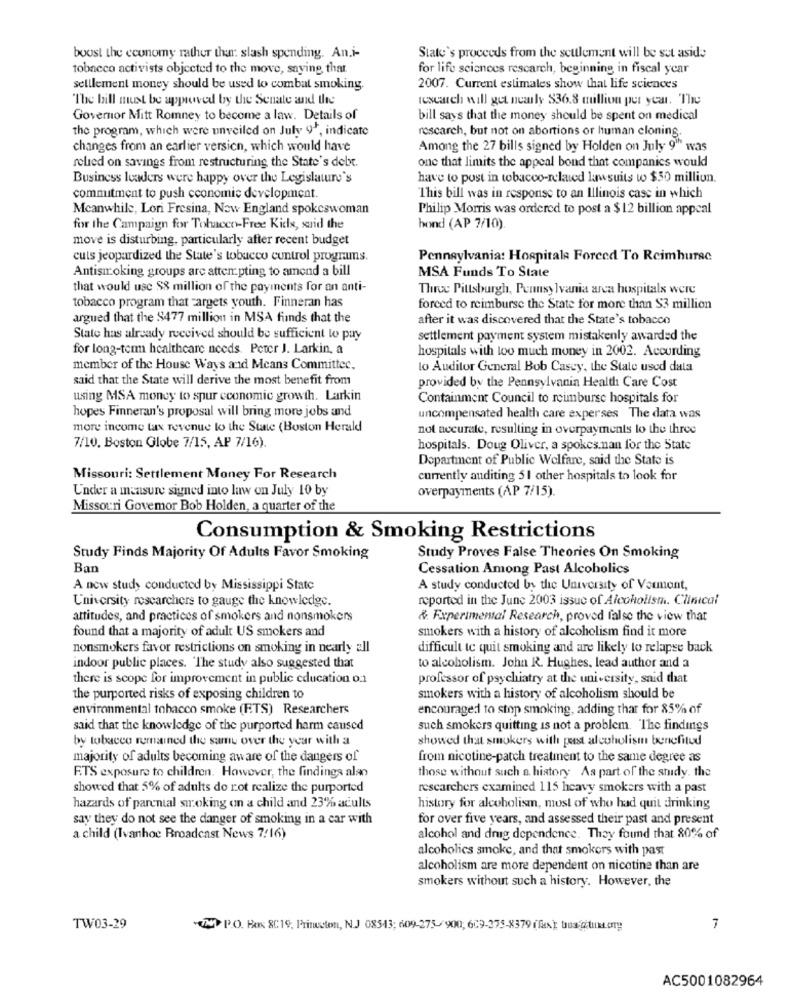
boost the economy rather than: slash spending. An.i-
State's proceeds from the seulement will be set aside
tobacco activists objected to the move, saying that
for life sciences research, beginning in fiscal year
selllement money should be used to combat smoking.
2007. Current estimales show that life sciences
The bill must be approved by the Senate and the
research will get nearly $36.8 million per year. The
Governor Mitt Romney to become a law. Details of
bill says that the money should be spent on medical
the program, which were unveiled on July 91, indicate
rescarch, but not on abortions or human cloning.
changes from an earlier version, which would have
Among the 27 bills signed by Holden on July 9"" was
relied on savings from restructuring the State's debt.
one that limits the appeal bond that companies would
Business leaders were happy over the Legislature's
have to post in tobacco-related linssuits wo $50 million.
commitment to push economic development.
This bill was in response to an Illinois case in which
Meanwhile, Loni Fresina, New England spokeswoman
Philip Morris was ordered to post a $ 12 billion appeal
for the Campaign for Tobacco-Free Kids, said the
hond (AP 7/10).
move is disturbing, particularly after recent budget
cuts jeopardized the State's tobacco control programs.
Pennsylvania: Hospitale Forced To Reimburse
Antisir oking groups are attempting to amend a bill
MSA Funds To State
that would use $8 million of the payments for an anti-
Three Pittsburgh, Pennsylvania area hospitals were
tobacco program that cargets youth. Finneran has
forced to reimburse the State for more than $3 million
argued that the $477 million in MSA finds that the
after it was discovered that the State's tobacco
State has already received should be sufficient to pay
settlement payment system mistakenly awarded the
for long-term healthcare needs. Peter J. Larkin, a
hospitals with too much money in 2002. According
member of the House Ways and Means Committee,
lo Auditor General Bob Casey, the Stale used data
said that the State will derive the most benefit from
provided by the Pennsylvania Health Care Cost
using MSA money to spur economic growth. Larkin
Containment Council to reimburse hospitals for
hopes Finneran's proposal will bring more jobs and
uncompensated health care experses The data was
more income tax revenue to the State (Boston Herald
not accurate, resulting in overpayments to the three
7/10. Boston Globe 7/15, AP 7/16).
hospitals. Doug Oliver, a spokesman for the State
Department of Public Welfare, said the State is
Missouri: Settlement Money For Research
currently auditing 5 1 other hospitals to look for
Under a measure signed into law on July 10 by
overpayments (AP 7/15).
Missouri Govemor Bob Holden, a quarter of the
Consumption & Smoking Restrictions
Study Finds Majority Of Adults Favor Smoking
Study Proves False Theories On Smoking
Ban
Cessation Among Past Alcoholics
A new study conducted by Mississippi State
A study conducted by the University of Vermont,
University researchers to gauge the knowledge.
reported in the June 2003 issue of Alcoholist. Clinical
attitudes, and practices of smokers and nonsmokers
& Experimental Research, proved false the view that
found that a majority of adult US smokers and
smokers with a history of alcoholism find it more
nonsmokers favor restrictions on smoking in nearly all
difficult to quit smoking and are likely to relapse back
indoor public places. "The study also suggested that
to alcoholism. John R. Hughes, lead author and a
there is scope for improvement in public education o:
professor of psychiatry at the university, said that
the purported risks of exposing children to
smokers with a history of alcoholism should be
environmental tobacco smoke (FTS) Researchers
encouraged to stop smoking, adding thar for 85% of
said that the knowledge of the purported harm caused
such smokers quitting is not a problem. The findings
by tobacco remained the same over the year with a
showed that smokers with post alcoholism benefitud
majority of adults becoming aware of the dangers of
from nicotine-patch treatment to the same degree as
those without such a history As part of the study. the
F.TS exposure to children. However, the findings also
showed that 5% of adults do rot realize the purported
researchers examined 115 heavy smokers with a past
hazards of parental smoking on a child and 23% adults
history for alcoholism, most of who had quit drinking
say they do not see the danger of smoking in a car with
for over five years, and assessed their past and present
a child (Ivanhoe Broadcast News 7/16)
alcohol and drug dependence. They found that 80% of
alcoholics smoke, and that smokers with past
alcoholism are more dependent on nicotine than are
smokers without such a history. However, the
TW03-29
(N P.O. Box 8C19, Princeton, N.J 08543; 609-275-900; 609-375-8379 (fx); tua @ituk.org
7
AC5001082964